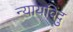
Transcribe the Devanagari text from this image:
न्यायविंदु